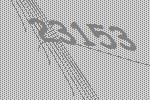
23153